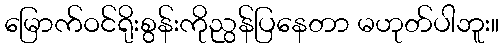
မြောက်ဝင်ရိုးစွန်းကိုညွန်ပြနေတာ မဟုတ်ပါဘူး။